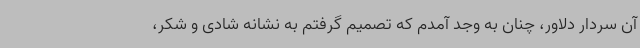
آن سردار دلاور، چنان به وجد آمدم که تصمیم گرفتم به نشانه شادی و شکر،